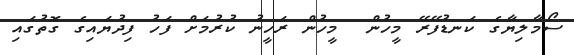
ސޯމާލިޔާގެ ކަނޑުފޭރޭ މީހުން  މީހުން ރަހީނު ކުރުމަށް ފަހު ފިދުޔައިގެ ގޮތުގައި